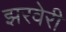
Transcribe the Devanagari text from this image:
झरवेरी